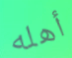
أهله